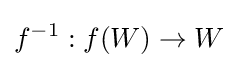
f^{-1}:f(W)\to W